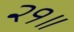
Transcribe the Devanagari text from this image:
२१॥